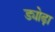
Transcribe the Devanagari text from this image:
ड्योढ़ा